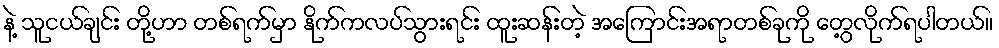
နဲ့ သူငယ်ချင်း တို့ဟာ တစ်ရက်မှာ နိုက်ကလပ်သွားရင်း ထူးဆန်းတဲ့ အကြောင်းအရာတစ်ခုကို တွေ့လိုက်ရပါတယ်။